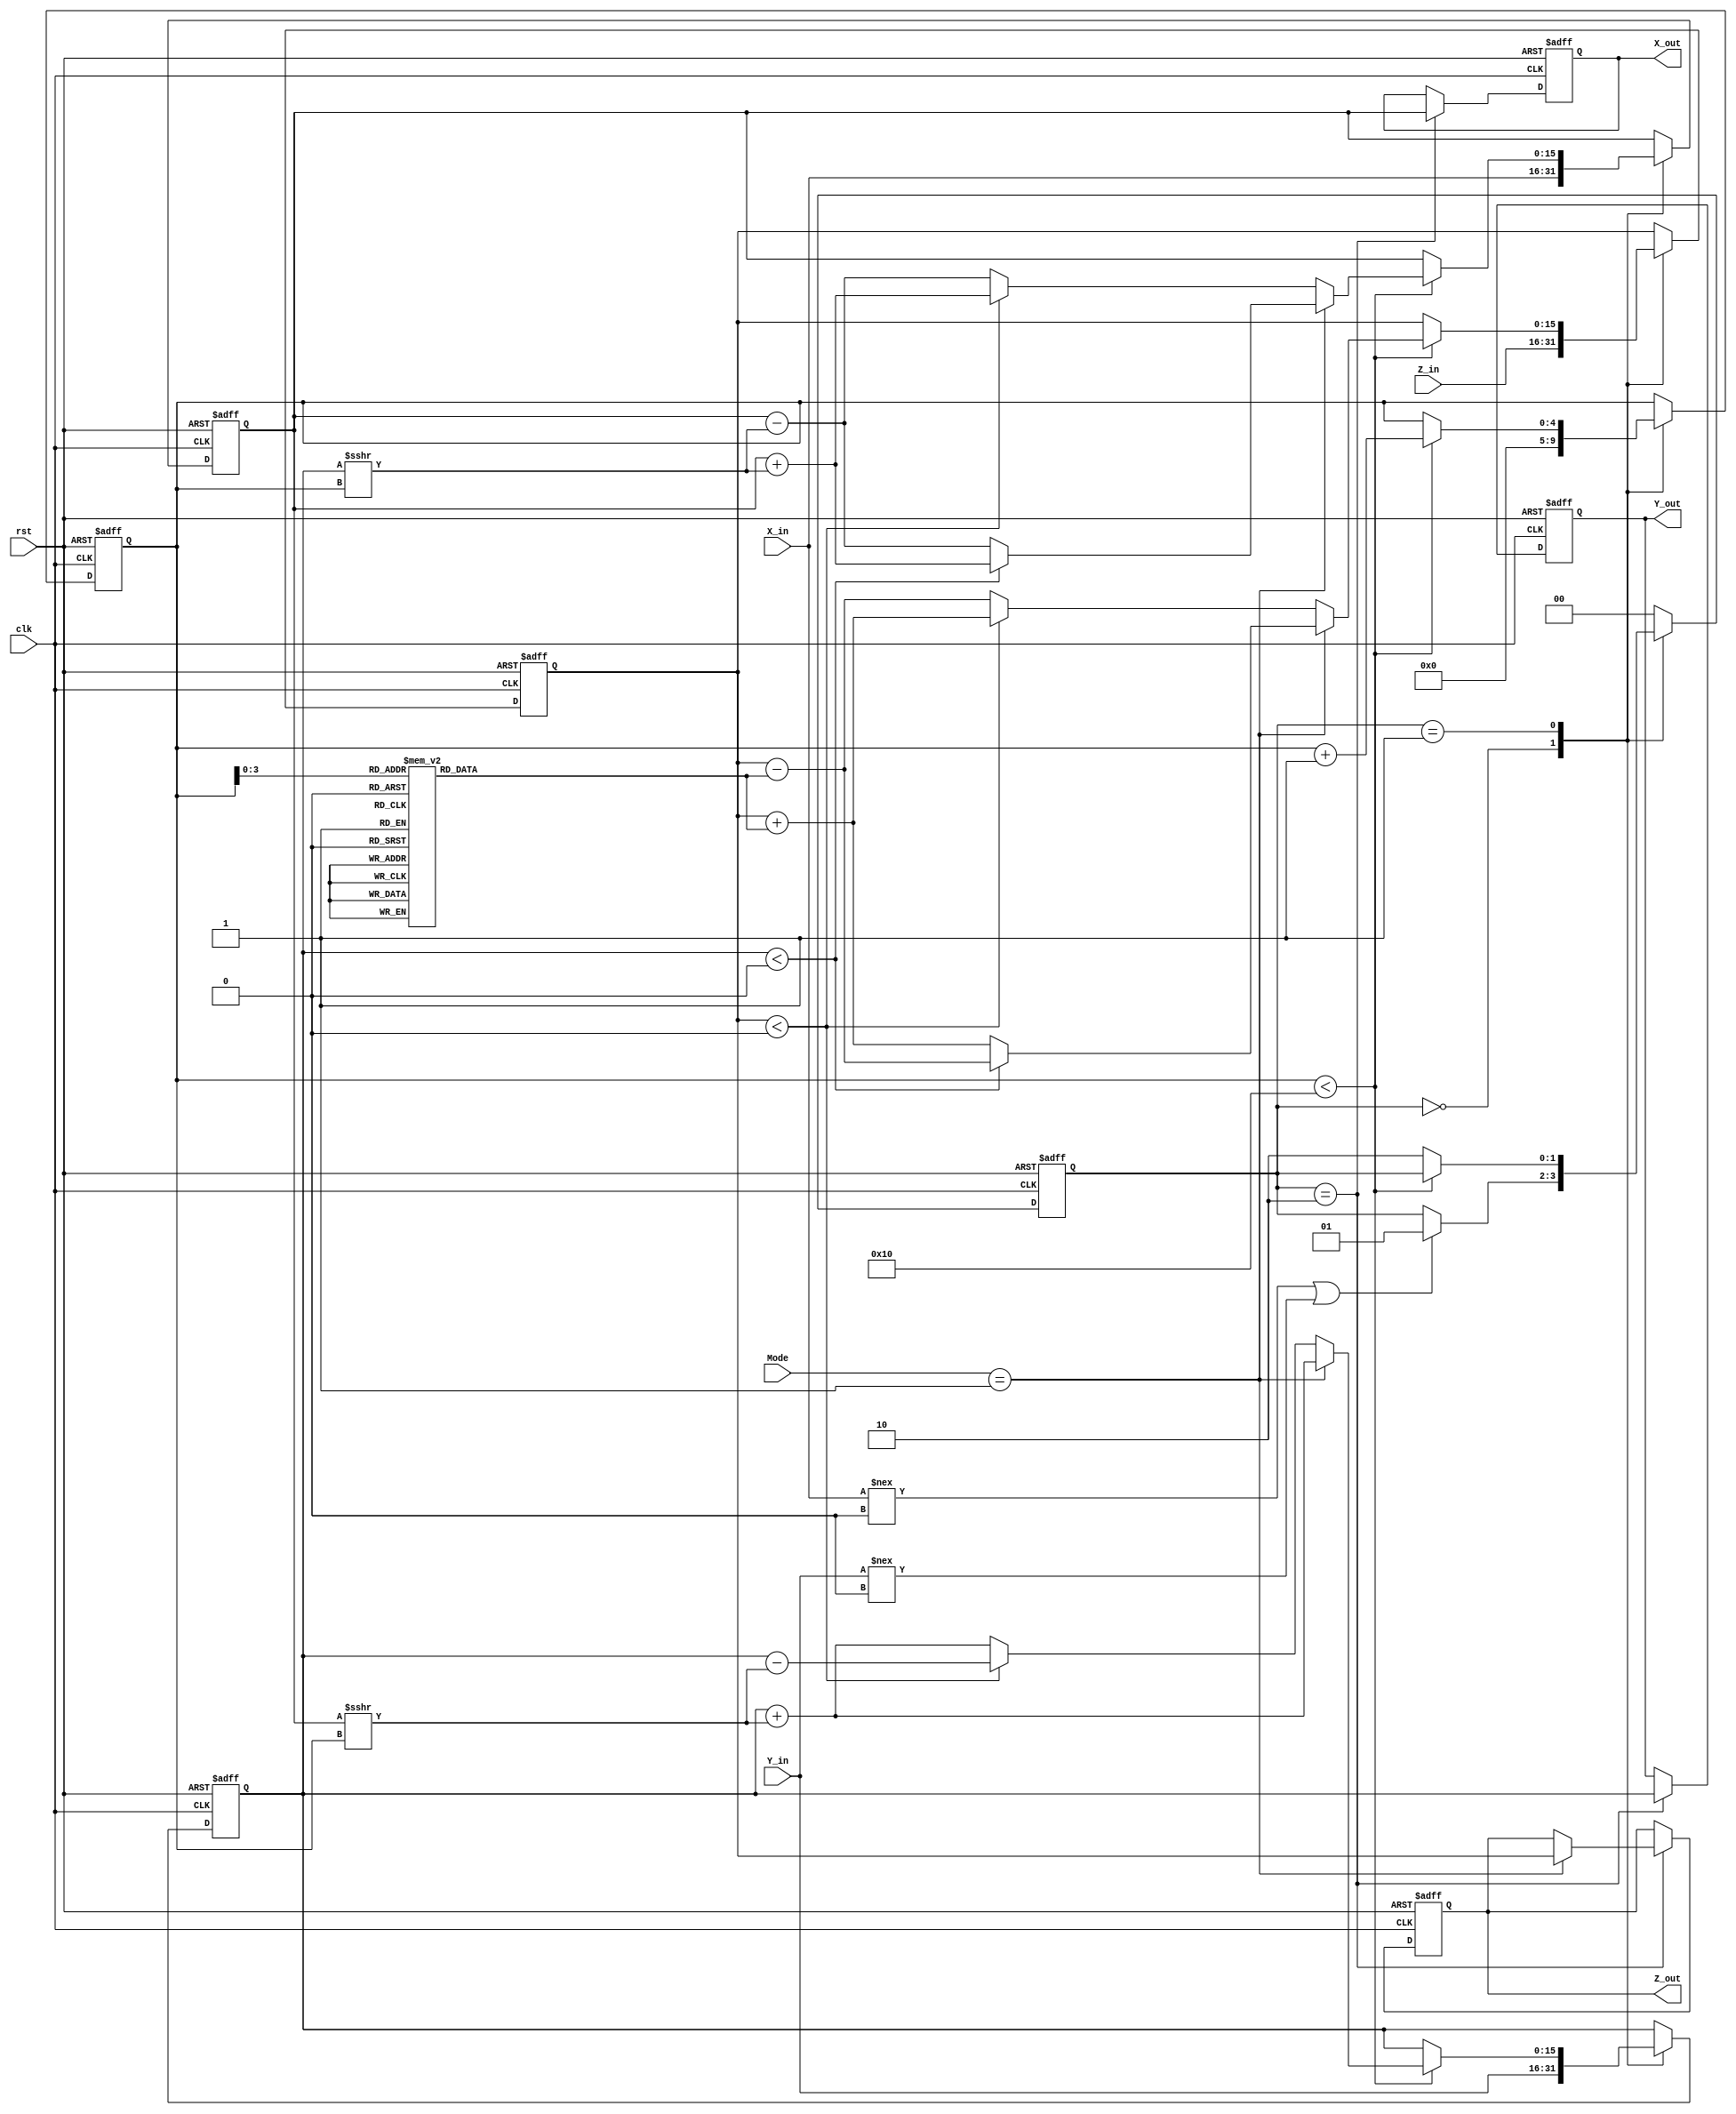
module modified_cordic #(
    parameter N = 16,      // Number of bits for fixed-point representation
    parameter ITERATIONS = 16 // Number of iterations for precision
)(
    input wire clk,
    input wire rst,
    input wire signed [N-1:0] X_in,
    input wire signed [N-1:0] Y_in,
    input wire signed [N-1:0] Z_in,
    input wire [1:0] Mode,  // 0: rotation, 1: vectoring
    output reg signed [N-1:0] X_out,
    output reg signed [N-1:0] Y_out,
    output reg signed [N-1:0] Z_out // valid only in vectoring mode
);

// LUT for arctan(1/2^n) values
reg signed [N-1:0] lut [0:ITERATIONS-1];
initial begin
    lut[0] = 16'h1FFD; // atan(1) = 45 degrees
    lut[1] = 16'h1FF9; // atan(1/2) 
    lut[2] = 16'h1FF5; // atan(1/4)
    lut[3] = 16'h1FF2; // atan(1/8)
    lut[4] = 16'h1FEE; // and so forth...
    // Note: Populate other LUT entries based on your precision requirements
end

// Internal Registers
reg signed [N-1:0] X_reg, Y_reg, Z_reg;
reg [4:0] i; // iteration counter
reg [1:0] state;
reg [1:0] next_state;

// State Encoding
localparam IDLE = 2'b00, COMPUTE = 2'b01, DONE = 2'b10;

// Main computation logic
always @(posedge clk or posedge rst) begin
    if (rst) begin
        X_out <= 0;
        Y_out <= 0;
        Z_out <= 0;
        X_reg <= 0;
        Y_reg <= 0;
        Z_reg <= 0;
        i <= 0;
        state <= IDLE;
    end else begin
        case (state)
            IDLE: begin
                // Initialize registers
                X_reg <= X_in;
                Y_reg <= Y_in;
                Z_reg <= Z_in;
                i <= 0;
                if (X_in !== 0 || Y_in !== 0) begin
                    state <= COMPUTE;
                end
            end
            
            COMPUTE: begin
                // CORDIC computation
                if (i < ITERATIONS) begin
                    if (Mode == 1) begin // Vectoring Mode
                        if (Y_reg < 0) begin
                            // Rotate counter-clockwise
                            X_reg <= X_reg + (Y_reg >>> i);
                            Y_reg <= Y_reg + (X_reg >>> i);
                            Z_reg <= Z_reg - lut[i];
                        end else begin
                            // Rotate clockwise
                            X_reg <= X_reg - (Y_reg >>> i);
                            Y_reg <= Y_reg + (X_reg >>> i);
                            Z_reg <= Z_reg + lut[i];
                        end
                    end else begin // Rotation Mode
                        if (Z_reg < 0) begin
                            // Rotate counter-clockwise
                            X_reg <= X_reg + (Y_reg >>> i);
                            Y_reg <= Y_reg - (X_reg >>> i);
                            Z_reg <= Z_reg + lut[i];
                        end else begin
                            // Rotate clockwise
                            X_reg <= X_reg - (Y_reg >>> i);
                            Y_reg <= Y_reg + (X_reg >>> i);
                            Z_reg <= Z_reg - lut[i];
                        end
                    end
                    i <= i + 1;
                end else begin
                    state <= DONE;
                end
            end
            
            DONE: begin
                // Output results
                X_out <= X_reg;
                Y_out <= Y_reg;
                if (Mode == 1) begin
                    Z_out <= Z_reg; // valid only in vectoring mode
                end
                state <= IDLE;
            end
            
            default: state <= IDLE;
        endcase
    end
end

endmodule